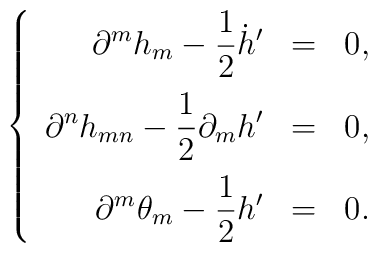
\left\{\begin{array}{rcl}\displaystyle \partial^{m}h_{m} - \frac{1}{2}\dot{h}' & = & 0 ,\vspace{2mm} \\\displaystyle \partial^{n}h_{mn} - \frac{1}{2}\partial_{m}h' & = & 0 ,\vspace{2mm} \\\displaystyle\partial^{m}\theta_{m} - \frac{1}{2}h' & = & 0 .\end{array}\right.